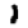
Digit: 1